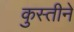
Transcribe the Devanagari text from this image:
कुस्तीने